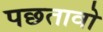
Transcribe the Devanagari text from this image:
पछतावो